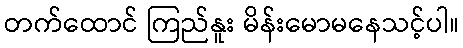
တက်ထောင် ကြည်နူး မိန်းမောမနေသင့်ပါ။